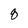
Character: 8